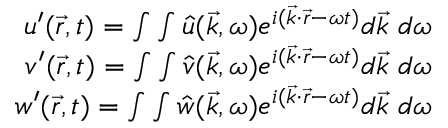
\begin{array} { r } { u ^ { \prime } ( \vec { r } , t ) = \int \int \hat { u } ( \vec { k } , \omega ) e ^ { i ( \vec { k } \cdot \vec { r } - \omega t ) } d \vec { k } ~ d \omega } \\ { v ^ { \prime } ( \vec { r } , t ) = \int \int \hat { v } ( \vec { k } , \omega ) e ^ { i ( \vec { k } \cdot \vec { r } - \omega t ) } d \vec { k } ~ d \omega } \\ { w ^ { \prime } ( \vec { r } , t ) = \int \int \hat { w } ( \vec { k } , \omega ) e ^ { i ( \vec { k } \cdot \vec { r } - \omega t ) } d \vec { k } ~ d \omega } \end{array}